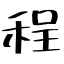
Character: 程